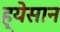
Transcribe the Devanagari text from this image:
ह्येसान